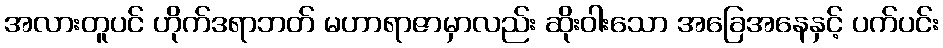
အလားတူပင် ဟိုက်ဒရာဘတ် မဟာရာဇာမှာလည်း ဆိုးဝါးသော အခြေအနေနှင့် ပက်ပင်း